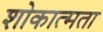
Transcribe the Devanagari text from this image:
शोकात्मता